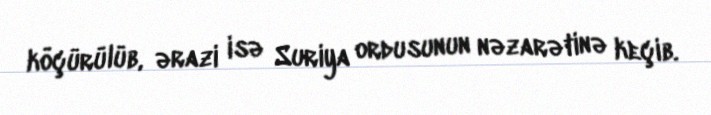
köçürülüb, ərazi isə Suriya ordusunun nəzarətinə keçib.